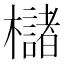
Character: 櫧